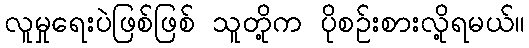
လူမှုရေးပဲဖြစ်ဖြစ် သူတို့က ပိုစဉ်းစားလို့ရမယ်။